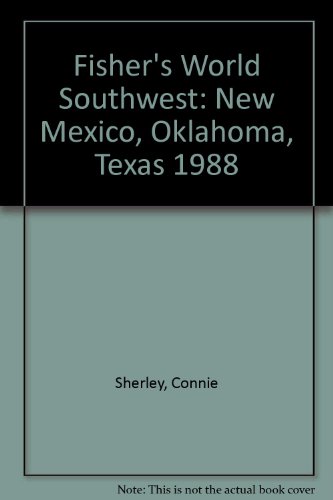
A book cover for Fisher's World Southwest: New Mexico, Oklahoma, Texas 1988; Connie Sherley; Travel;